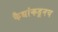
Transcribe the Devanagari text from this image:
कैद्यांकडूनच